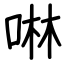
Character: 啉